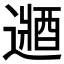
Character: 𲅳